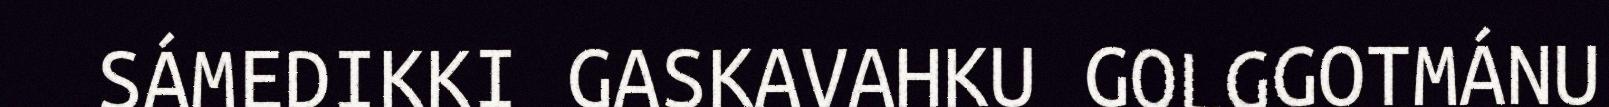
SÁMEDIKKI GASKAVAHKU GOLGGOTMÁNU